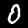
Digit: 0